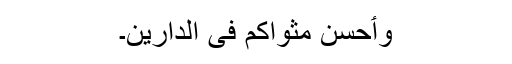
وٲحسن مثواکم فی الدارین۔